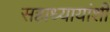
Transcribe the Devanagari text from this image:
सहाध्यायांशी